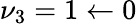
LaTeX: \nu_{3}=1\leftarrow 0